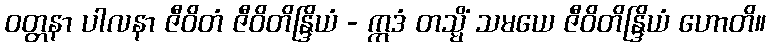
ဝတ္တနာ ပါလနာ ဇီဝိတံ ဇီဝိတိန္ဒြိယံ - ဣဒံ တသ္မိံ သမယေ ဇီဝိတိန္ဒြိယံ ဟောတိ။